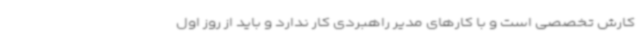
کارش تخصصی است و با کارهای مدیر راهبردی کار ندارد و باید از روز اول